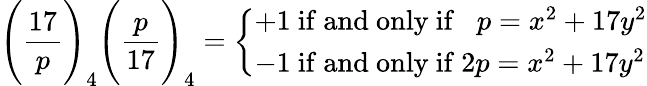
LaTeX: {\Bigg(}{\frac{17}{p}}{\Bigg)}_{4}{\Bigg(}{\frac{p}{17}}{\Bigg)}_{4}={\left\{ \begin{array}{ll}{+1{\mathrm{~if~and~only~if~}}\; \; p=x^{2}+17y^{2}}\\ {-1{\mathrm{~if~and~only~if~}}2p=x^{2}+17y^{2}}\end{array}\right.}